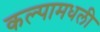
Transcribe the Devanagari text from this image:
कल्पामधली